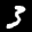
Label: 3